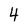
Character: 4